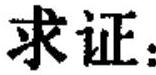
求证：